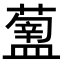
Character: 𥂿